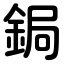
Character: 鋦